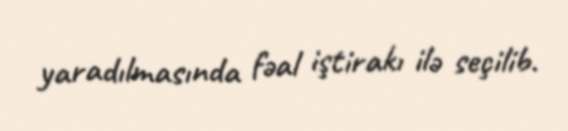
yaradılmasında fəal iştirakı ilə seçilib.